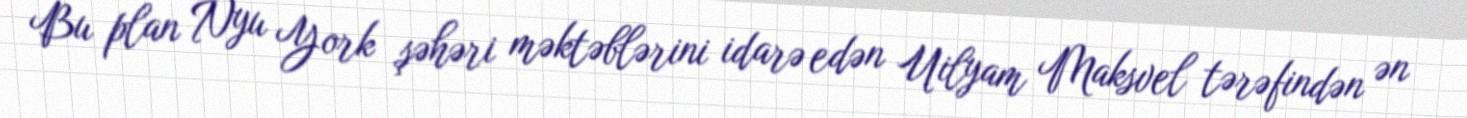
Bu plan Nyu York şəhəri məktəblərini idarə edən Uilyam Maksvel tərəfindən ən